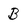
Character: B